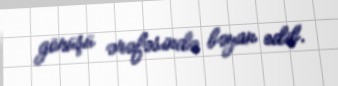
görüşü ərəfəsində bəyan edib.